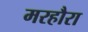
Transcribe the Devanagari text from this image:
मरहौरा